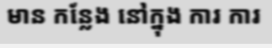
មាន កន្លែង នៅក្នុង ការ ការ